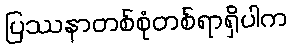
ပြဿနာတစ်စုံတစ်ရာရှိပါက